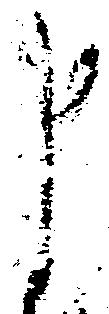
申